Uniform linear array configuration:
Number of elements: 32
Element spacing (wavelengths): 1
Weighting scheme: hamming
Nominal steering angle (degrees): -45
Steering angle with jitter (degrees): -43.721
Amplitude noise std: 0.05
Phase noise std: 0.05

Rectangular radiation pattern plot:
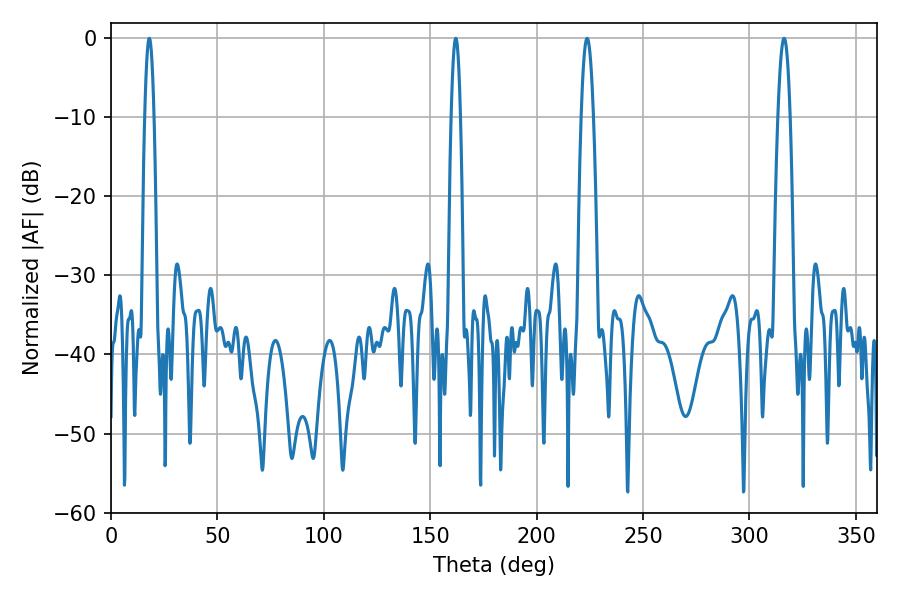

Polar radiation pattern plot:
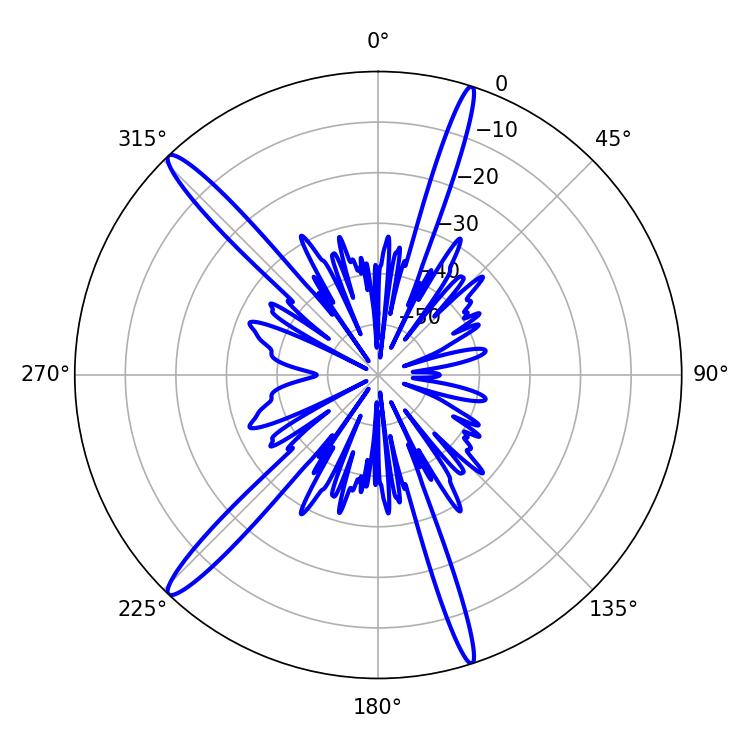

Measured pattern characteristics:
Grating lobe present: TRUE
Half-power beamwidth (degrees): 2.16
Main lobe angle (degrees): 18